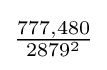
{\textstyle {\frac {777,480}{2879^{2}}}}